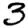
Digit: 3